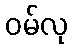
ဝမ်လု